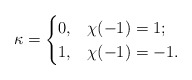
\begin{align*}\kappa =\begin{cases}0, & \chi(-1)=1; \\1, & \chi(-1)=-1.\end{cases}\end{align*}